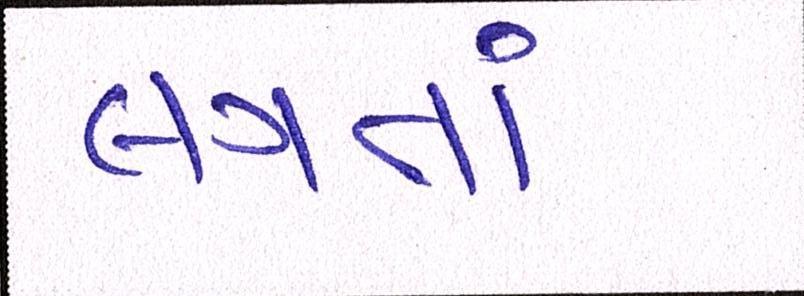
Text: લગતાં